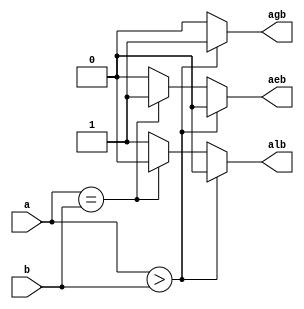
module comp(a,b,agb,aeb,alb);
  parameter N=1;
  input wire[N-1:0] a,b;
  output reg agb;
  output reg aeb;
  output reg alb;
  always @(a or b) begin
    agb=0;aeb=0;alb=0;
    if(a>b) agb=1;
    else if(a==b) aeb=1;
    else alb=1;
    end
endmodule